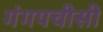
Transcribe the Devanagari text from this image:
गंगपचीसी